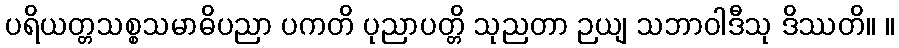
ပရိယတ္တသစ္စသမာဓိပညာ ပကတိ ပုညာပတ္တိ သုညတာ ဉယျ သဘာဝါဒီသု ဒိဿတိ။ ။